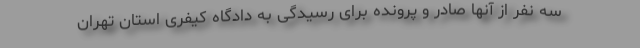
سه نفر از آنها صادر و پرونده برای رسیدگی به دادگاه کیفری استان تهران